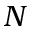
N